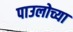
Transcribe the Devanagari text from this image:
पाउलोच्या